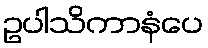
ဥပါသိကာနံပေ